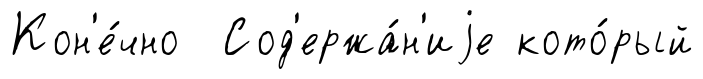
Кон'е́чно Сод'ержа́н'иjе кото́рый